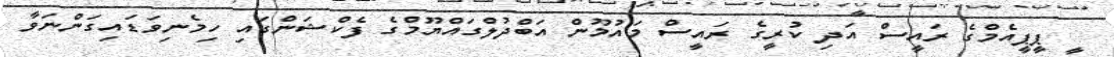
ީ ޕީޕީއެމްގެ ރައީސް އަދި ކުރީގެ ރައީސް މައުމޫން އަބްދުލްގައްޔޫމްގެ ފެކްޝަންގައި ހިމެނިވަޑައިގަންނަވާ